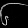
Digit: ၆